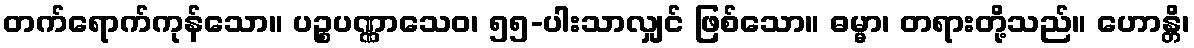
တက်ရောက်ကုန်သော။ ပဉ္စပဏ္ဏာသေဝ၊ ၅၅-ပါးသာလျှင် ဖြစ်သော။ ဓမ္မာ၊ တရားတို့သည်။ ဟောန္တိ၊